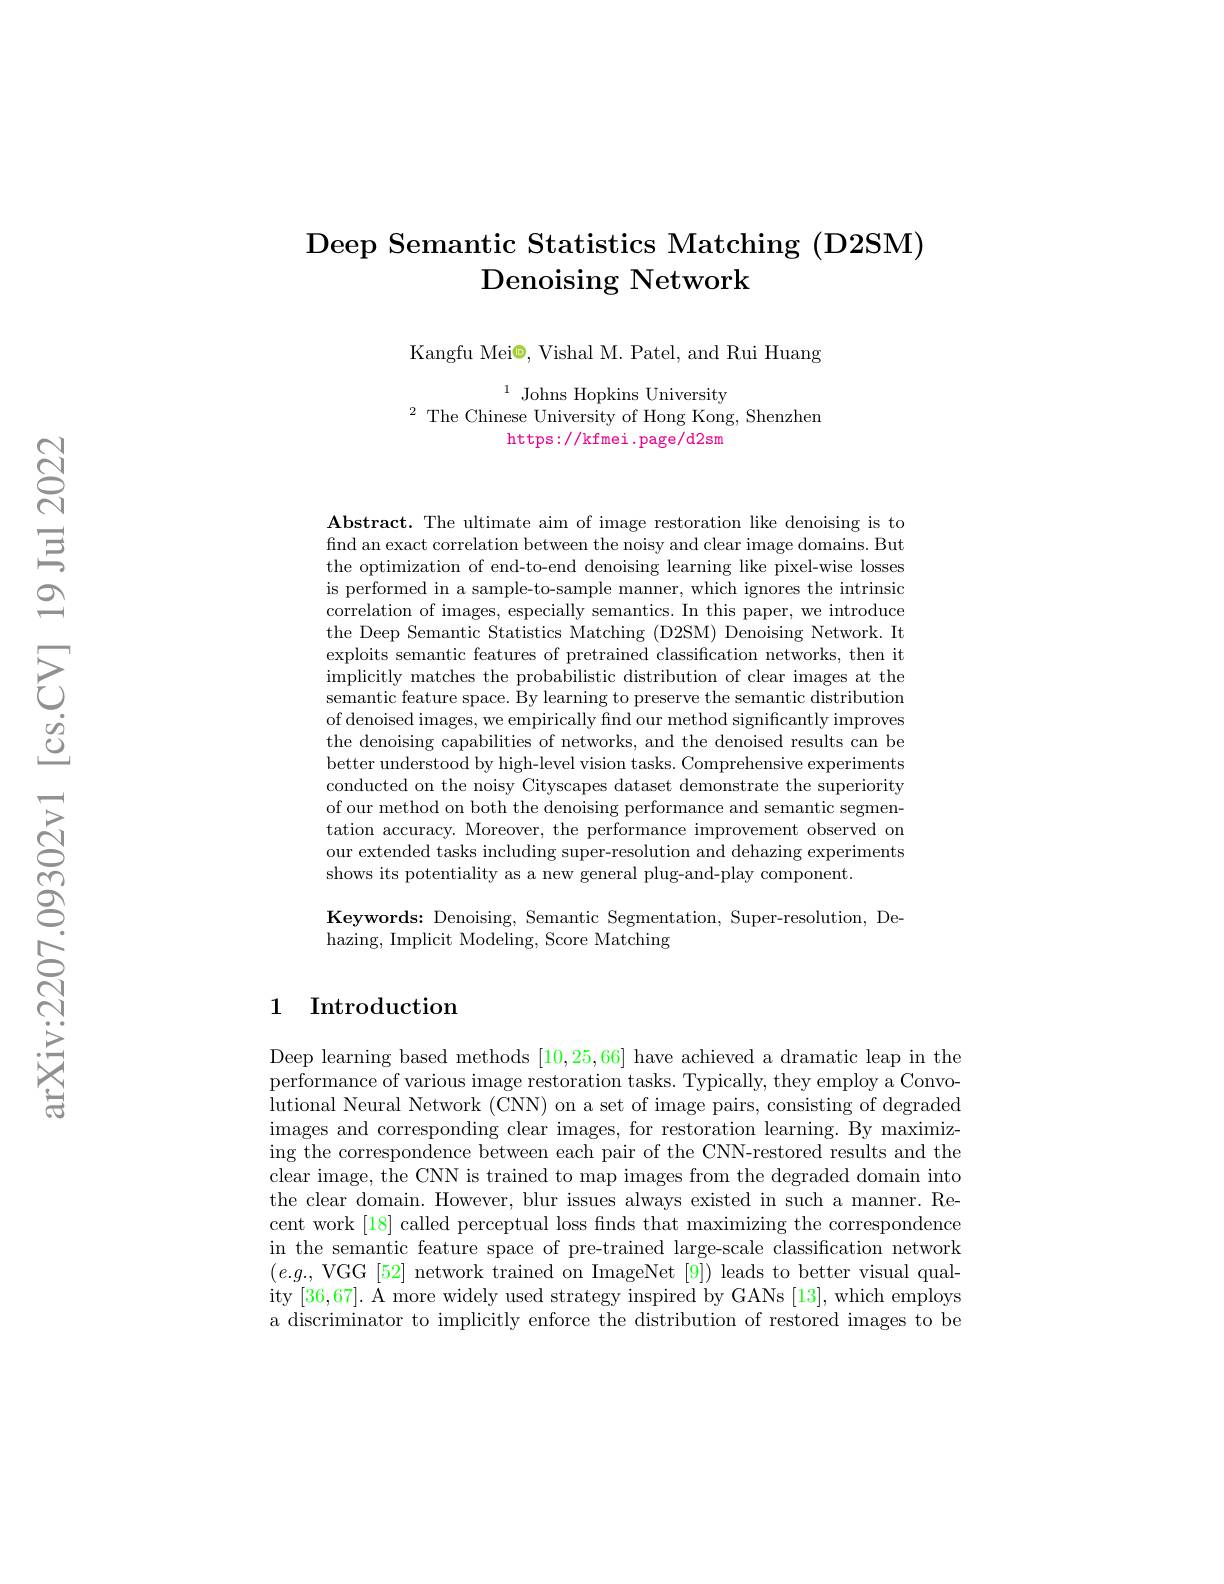
## $\operatorname{\text{Deep Semantic Statistics Matching (D2SM)}}$ Denoising Network

Kangfu Mei◉, Vishal M. Patel, and Rui Huang

$^{1}$ Johns Hopkins University
$^{2}$ The Chinese University of Hong Kong, Shenzhen
https: / / kfmei. page/ d2sm

Abstract. The ultimate aim of image restoration like denoising is to find an exact correlation between the noisy and clear image domains. But the optimization of end-to-end denoising learning like pixel-wise losses is performed in a sample-to-sample manner, which ignores the intrinsic correlation of images, especially semantics. In this paper, we introduce the Deep Semantic Statistics Matching (D2SM) Denoising Network. It exploits semantic features of pretrained classification networks, then it implicitly matches the probabilistic distribution of clear images at the semantic feature space. By learning to preserve the semantic distribution of denoised images, we empirically find our method significantly improves the denoising capabilities of networks, and the denoised results can be better understood by high-level vision tasks. Comprehensive experiments conducted on the noisy Cityscapes dataset demonstrate the superiority of our method on both the denoising performance and semantic segmentation accuracy. Moreover, the performance improvement observed on our extended tasks including super-resolution and dehazing experiments shows its potentiality as a new general plug-and-play component

Keywords: Denoising, Semantic Segmentation, Super-resolution, De-
hazing, Implicit Modeling, Score Matching

## 1 Introduction

Deep learning based methods [10,25,66] have achieved a dramatic leap in the performance of various image restoration tasks. Typically, they employ a Convolutional Neural Network (CNN) on a set of image pairs, consisting of degraded images and corresponding clear images, for restoration learning. By maximizing the correspondence between each pair of the CNN-restored results and the clear image, the CNN is trained to map images from the degraded domain into the clear domain. However, blur issues always existed in such a manner. Recent work [18] called perceptual loss finds that maximizing the correspondence in the semantic feature space of pre-trained large-scale classification network $(e.g.$, VGG [52] network trained on ImageNet [9]) leads to better visual quality [36,67]. A more widely used strategy inspired by GANs [13], which employs a discriminator to implicitly enforce the distribution of restored images to be